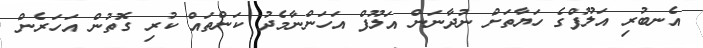
އެނބުރި އަލޫފްގެ ހަޔާތަށް ނުދާނަން އަލޫފް އަހަންނާމެދު ކަންތައް ކުރި ގޮތުން އަހަރެން